Code of medical and sanitary regulations for the guidance of medical officers serving in the Madras Presidency - Volume I
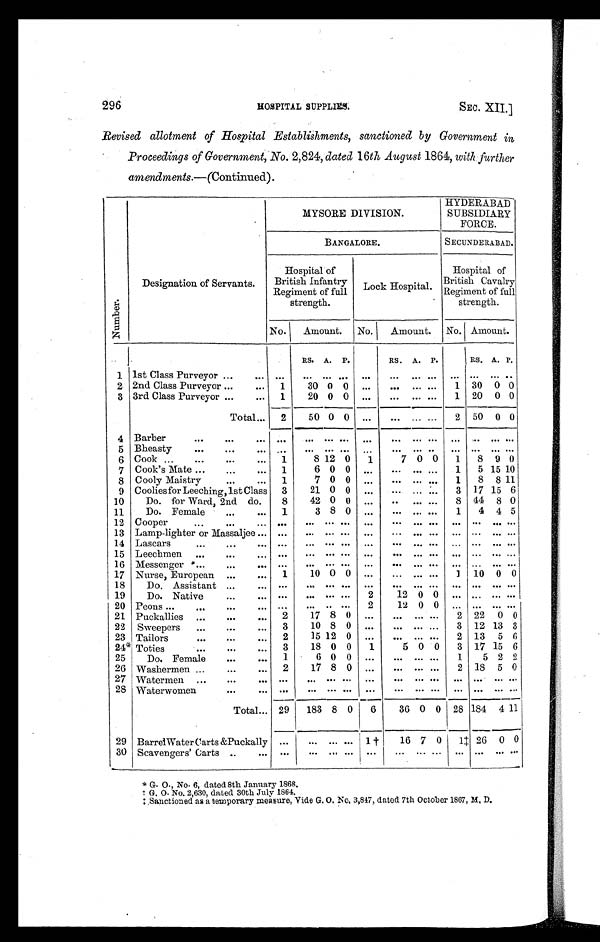
296
HOSPITAL SUPPLIES
SEC. XII.]
Revised allotment of Hospital Establishments, sanctioned by Government in
Proceedings of Government, No. 2,824, dated 16th August 1864, with further
amendments. —(Continued).
Number .
Designation of Servants.
MYSORE DIVISION.
HYDERABAD
SUBSIDIARY
FORCE.
BANGALORE.
SECUNDERABAD.
Hospital of
British Infantry
Regiment of full
strength.
Lock Hospital.
Hospital of
British Cavalry
Regiment of full
strength.
No.
Amount.
No.
Amount. No. Amount.
RS. A. P.
RS. A. P.
RS. A. P.
1 1st Class Purveyor ...
. . .
. . .
. . . . . .
. . .
. . .
. . . ...
. .
. . .
. . . ...
. . .
2 2nd Class Purveyor ... . . . 1
30 0 0 ...
. . . ...
. . . 1 30 0 0
3 3rd Class Purveyor ...
... 1
20 0 0 ...
. . . ... . . .
1 20 0 0
Total . . . 2
50 0 0 ...
. . .
...
. . . 2 50 0 0
4 Barber
. . .
. . .
. . .
. . .
. . . . . . . . .
. . . ... ... . . .
. . .
. . . ...
. . .
5 Bheasty
. . .
...
. . . ...
. . . . . . . . .
. . .
. . . ... . .
. . .
. . . ...
. . .
6 Cook ...
...
...
... 1
8 12 0
1
7 0 0
1
8 9 0
7 Cook's Mate ...
...
... 1
6 0 0
. . .
. . . ...
. . . 1
5 15 10
8 Cooly Maistry
. . . ...
1
7 0 0
. . .
. . . ...
. . . 1
8 8 11
9 Coolies for Leeching, 1st Class 3
21 0 0 ...
. . . ...
. . . 3 17 15 6
10
Do. for Ward, 2nd do.
8
42 0 0 ...
. . ... . . .
8 44 8 0
11
Do. Female
...
...
1
3 8 0 ...
. . .
...
. . . 1
4 4 5
12 Cooper
...
...
. . .
. . .
. . . . . . . . .
. . .
. . .
...
. . .
. . .
. . . ...
. . .
13 Lamp-lighter or Massaljee ... ...
. . . . . . . . .
. . .
. . .
...
. . .
. . .
. . . ...
. . .
14 Lascars
...
...
. . .
. . . ...
. . . . . .
. . .
. . .
...
. . .
. . .
. . . ...
. . .
15 Leechmen ...
. . . ...
. . .
. . .
. . . . . . ...
. . .
...
. . .
. . .
. . . ...
. . .
16 Messenger ...
. . .
. . .
. . .
. . .
. . . . . .
. . .
. . .
...
. . .
. . .
. . . ...
. . .
17 Nurse, European ...
. . . 1
10 0 0
. . .
. . . ...
. . . 1 10 0 0
18
Do. Assistant ...
. . .
. . .
. . . . . . . . .
. . .
. . .
...
. . .
. . .
. . .
...
. . .
19
Do. Native
...
. . .
. . .
. . . . . . . . . 2
12 0 0 ... ... ... ...
20 Peons ...
. . .
. . .
. . .
. . . ... . . . ...
2
12 0 0 ... ... ...
. . .
21 Puckallies ...
. . .
. . . 2
17 8 0 ...
. . . . . . . . . 2 22 0 0
22 Sweepers
...
. . .
...
3
10 8 0 ...
... ...
. . . 3 12 13 3
23 Tailors
...
. . .
...
2
15 12 0 ...
. . . ...
. . . 2 13 5 6
24* Toties
. . .
. . . ...
3
18 0 0
1
5 0 0
3 17 15 6
25
Do. Female
. . . ...
1
6 0 0 ...
. . . ...
. . . 1
5 2 2
26 Washermen ...
. . . ... 2
17 8 0 ...
. . . ...
. . . 2 18 5 0
27 Watermen . . .
. . .
. . .
. . .
. . . . . . . . .
. . .
. . .
...
. . .
. . .
. . . . . . . . .
28 Waterwomen
. . .
. . .
. . .
. . . . . . . . .
. . .
. . . ...
. . .
. . . . . . ...
. . .
Total . . . 29
183 8 0
6
36 0 0 28 184 4 11
29 Barrel Water Carts & Puckally ...
. . . . . . . . .
1 †
16 7 0
1‡ 26 0 0
30 Scavengers' Carts ..
. . .
. . .
. . . . . . . . .
. . .
. . .
...
. . .
. . .
. . .
...
. . .
* G. O. , No. 6, dated 8th January 1868.
† G. O. No. 2, 630, dat ed 30t h Jul y 1864.
‡ Sanctioned as a temporary measure, Vide G. O. No. 3,847, dated 7th October 1867, M. D.